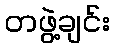
တဖွဲ့ချင်း